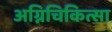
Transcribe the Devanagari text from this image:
अग्निचिकित्सा